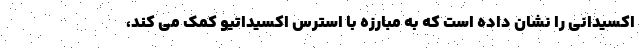
اکسیدانی را نشان داده است که به مبارزه با استرس اکسیداتیو کمک می کند،